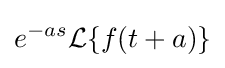
e^{-as}{\mathcal {L}}\{f(t+a)\}